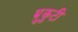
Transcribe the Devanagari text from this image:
भ्रुकुटी